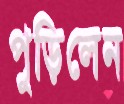
পুড়িলেন